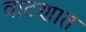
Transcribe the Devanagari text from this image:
वाटणात